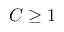
C \geq 1